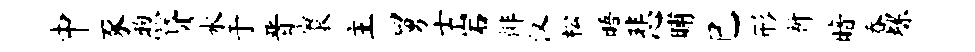
中豕煦贷水于晋寰主舅士岩徘汉松晤悲晡巳形祈暗吞螺